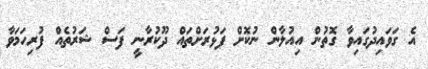
އެ ގަވައިދުގައިވާ ގޮތުން އިއުލާން ނުކޮށް ފަޅުރަށްތައް ދޫކުރާނީ ފަސް ޝަރުތެއް ފުރިހަމަވާ